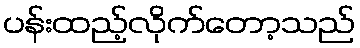
ပန်းထည့်လိုက်တော့သည်